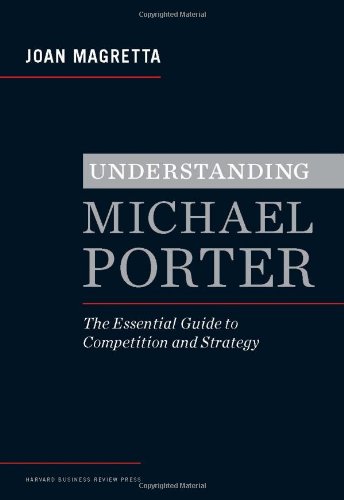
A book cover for Understanding Michael Porter: The Essential Guide to Competition and Strategy; Joan Magretta; Business & Money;